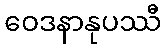
ဝေဒနာနုပဿီ